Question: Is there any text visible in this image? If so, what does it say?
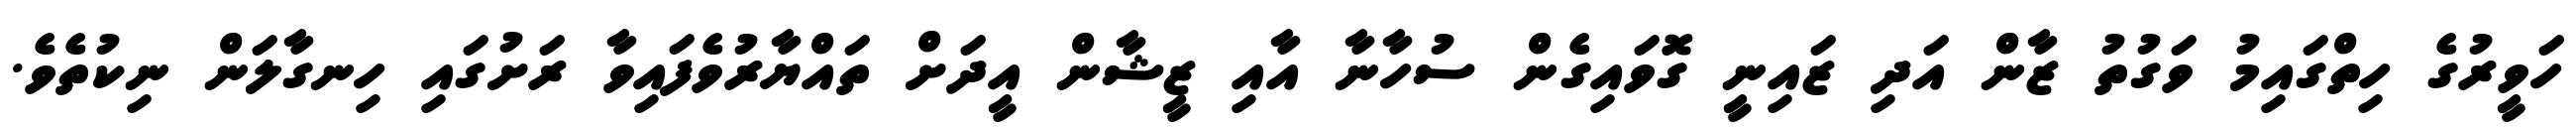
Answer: ހަވީރުގެ ހިތްގައިމު ވަގުތު ޒާން އަދި ޒައިނީ ގޮވައިގެން ސުހާނާ އާއި ޒީޝާން އީދަށް ތައްޔާރުވެފައިވާ ރަށުގައި ހިނގާލަން ނިކުތެވެ.